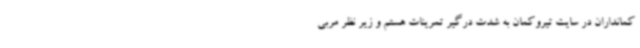
کمانداران در سایت تیروکمان به شدت درگیر تمرینات هستم و زیر نظر مربی